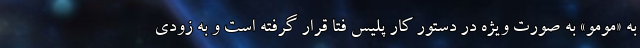
به «مومو» به صورت ویژه در دستور کار پلیس فتا قرار گرفته است و به زودی